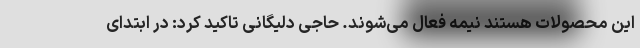
این محصولات هستند نیمه فعال می‌شوند. حاجی دلیگانی تاکید کرد: در ابتدای